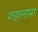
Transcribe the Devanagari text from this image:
शहरनामा